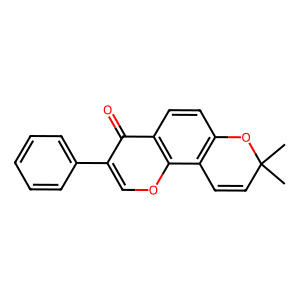
SMILES: CC1(C)C=Cc2c(ccc3c(=O)c(-c4ccccc4)coc23)O1
Inhibits HIV replication: No